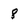
Character: 8